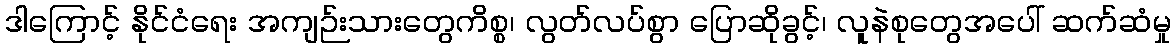
ဒါကြောင့် နိုင်ငံရေး အကျဉ်းသားတွေကိစ္စ၊ လွတ်လပ်စွာ ပြောဆိုခွင့်၊ လူနဲစုတွေအပေါ် ဆက်ဆံမှု